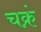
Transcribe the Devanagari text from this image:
चक्रं